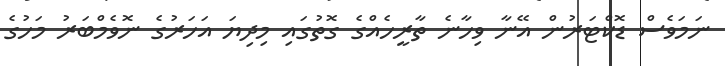
ނަމަވެސް ޑޮކްޓަރުން އޭނާ ވިހާނެ ތާރީހެއްގެ ގޮތުގައި މިދިޔަ އަހަރުގެ ނޮވެމްބަރު މަހުގެ